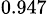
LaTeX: _{0.947}